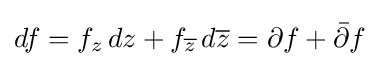
df=f_{z}\,dz+f_{\overline {z}}\,d{\overline {z}}=\partial f+{\bar {\partial }}f